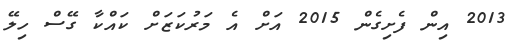
2013 އިން ފެށިގެން 2015 އަށް އެ މަރުކަޒަށް ކައްކާ ގޭސް ހިލޭ